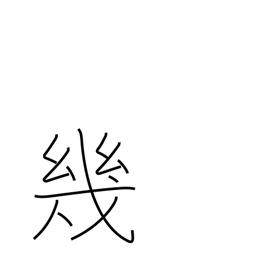
Meaning: several